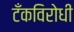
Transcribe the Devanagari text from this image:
टँकविरोधी